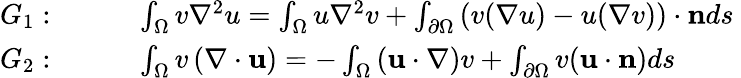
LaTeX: \begin{array}{rl}{G_{1}:}&{{}\quad\quad\int_{\Omega}v\nabla^{2}u=\int_{\Omega}u\nabla^{2}v+\int_{\partial\Omega}\left(v(\nabla u)-u(\nabla v)\right)\cdot\mathbf{n}ds\ }\\ {G_{2}:}&{{}\quad\quad\int_{\Omega}v\left(\nabla\cdot\mathbf{u}\right)=-\int_{\Omega}\left(\mathbf{u}\cdot\nabla\right)v+\int_{\partial\Omega}v(\mathbf{u}\cdot\mathbf{n})ds}\end{array}